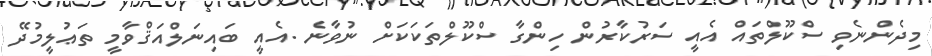
މިދެންނެވި ސްކޫލްތައް އެއީ ސަރުކާރުން ހިންގާ ސްކޫލްތަކަކަށް ނުވާނެ .އެއީ ބައިނަލްއަޤްވާމީ ތަޢުލީމުދޭ